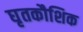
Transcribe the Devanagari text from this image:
घृतकौशिक